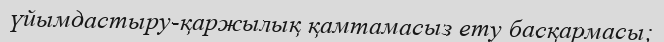
үйымдастыру-қаржылық қамтамасыз ету басқармасы;